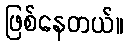
ဖြစ်နေတယ်။